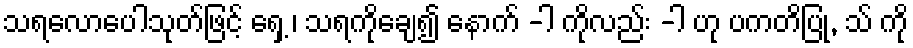
သရလောပေါသုတ်ဖြင့် ရှေ့ ၊ သရကိုချေ၍ နောက် -ါ ကိုလည်း -ါ ဟု ပကတိပြု, သ် ကို